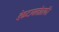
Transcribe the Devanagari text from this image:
डेकटायलोग्राफी